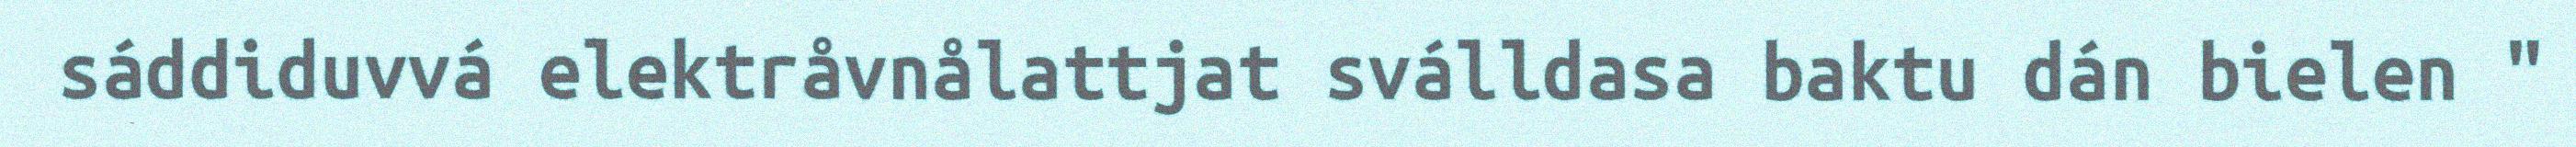
sáddiduvvá elektråvnålattjat sválldasa baktu dán bielen "